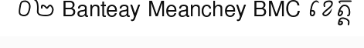
០២ Banteay Meanchey BMC ខេត្ត